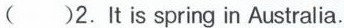
( )2. It is spring in Australia.